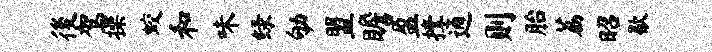
後驾操蛟和味绿劬盟瞻盈撑通则胎荔昭歇